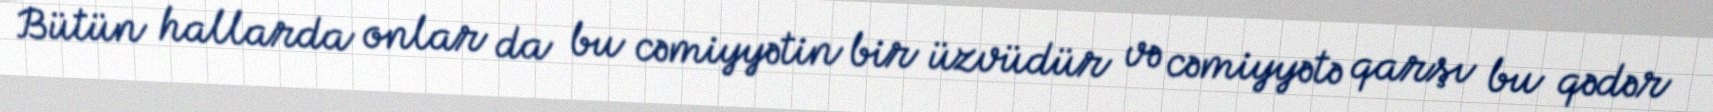
Bütün hallarda onlar da bu cəmiyyətin bir üzvüdür və cəmiyyətə qarşı bu qədər